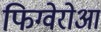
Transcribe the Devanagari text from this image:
फिग्वेरोआ